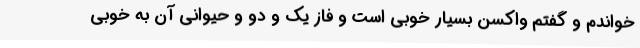
خواندم و گفتم واکسن بسیار خوبی است و فاز یک و دو و حیوانی آن به خوبی